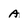
Character: A